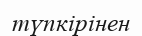
түпкірінен